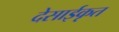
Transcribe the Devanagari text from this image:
देसाईकृत